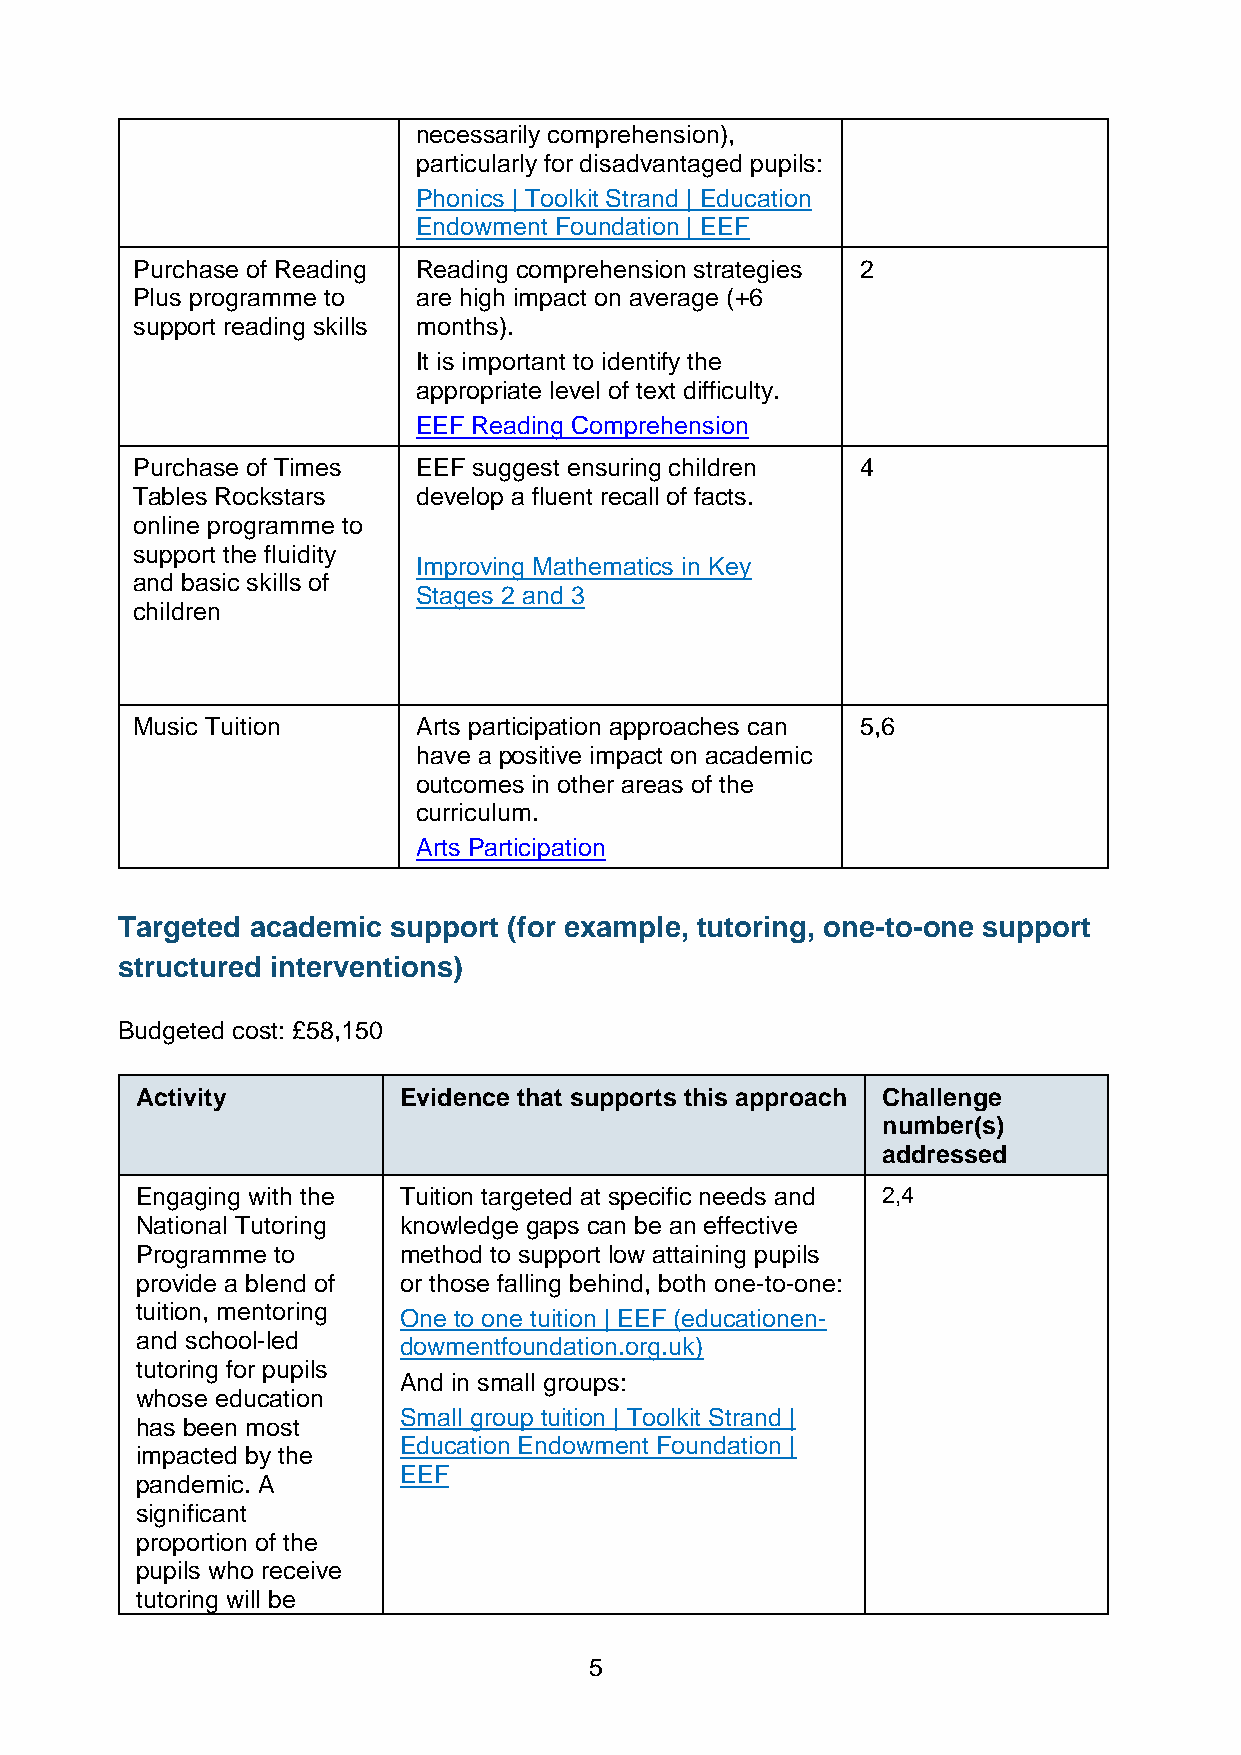
necessarily comprehension),
 particularly for disadvantaged pupils:
 Phonics | Toolkit Strand | Education
 Endowment Foundation | EEF
 Purchase of Reading Reading comprehension strategies 2
 Plus programme to  are high impact on average (+6
 support reading skills months).
 It is important to identify the
 appropriate level of text difficulty.,
 EEF Reading Comprehension
 Purchase of Times  EEF suggest ensuring children 4
 Tables Rockstars   develop a fluent recall of facts.
 online programme to
 support the fluidity
 Improving Mathematics in Key
 and basic skills of
 Stages 2 and 3
 children
 Music Tuition      Arts participation approaches can 5,6
 have a positive impact on academic
 outcomes in other areas of the
 curriculum.
 Arts Participation
 Targeted academic support (for example, tutoring, one-to-one support
 structured interventions)
 Budgeted cost: £58,150
 Activity         Evidence that supports this approach Challenge
 number(s)
 addressed
 Engaging with the Tuition targeted at specific needs and 2,4
 National Tutoring knowledge gaps can be an effective
 Programme to     method to support low attaining pupils
 provide a blend of or those falling behind, both one-to-one:
 tuition, mentoring One to one tuition | EEF (educationen-
 and school-led   dowmentfoundation.org.uk)
 tutoring for pupils
 And in small groups:
 whose education
 Small group tuition | Toolkit Strand |
 has been most
 Education Endowment Foundation |
 impacted by the
 EEF
 pandemic. A
 significant
 proportion of the
 pupils who receive
 tutoring will be
 5